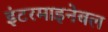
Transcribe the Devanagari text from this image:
इंटरमाइनेबल